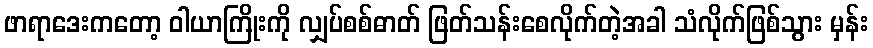
ဖာရာဒေးကတော့ ဝါယာကြိုးကို လျှပ်စစ်ဓာတ် ဖြတ်သန်းစေလိုက်တဲ့အခါ သံလိုက်ဖြစ်သွား မှန်း